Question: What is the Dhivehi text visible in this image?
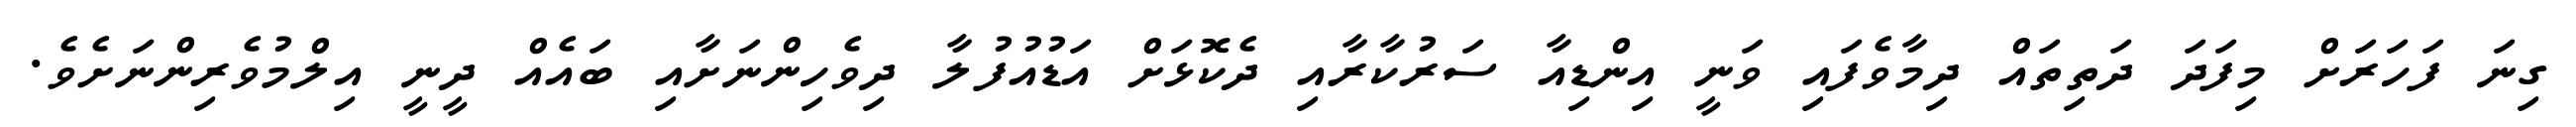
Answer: ގިނަ ފަހަރަށް މިފަދަ ދަތިތައް ދިމާވެފައި ވަނީ އިންޑިއާ ސަރުކާރާއި ދެކޮޅަށް އަޑުއުފުލާ ދިވެހިންނަށާއި ބައެއް ދީނީ އިލްމުވެރިންނަށެވެ.